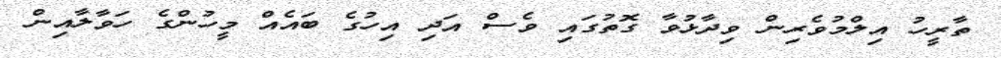
ތާރީހު އިލްމުވެރިން ވިދާޅުވާ ގޮތުގައި ވެސް އަދި އިހުގެ ބައެއް މީހުންގެ ހަވާލާއިން